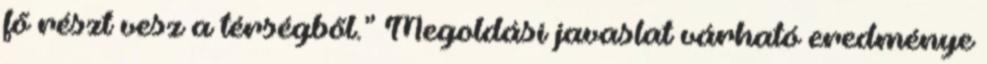
fő részt vesz a térségből.” Megoldási javaslat várható eredménye